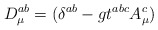
\begin{align*}D_{\mu}^{ab}= (\delta^{ab}-gt^{abc}A_{\mu}^c)\end{align*}